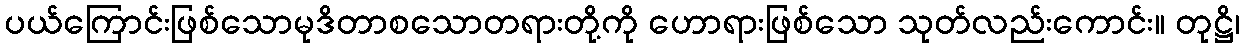
ပယ်ကြောင်းဖြစ်သောမုဒိတာစသောတရားတို့ကို ဟောရားဖြစ်သော သုတ်လည်းကောင်း။ တုဋ္ဌိ၊